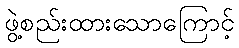
ဖွဲ့စည်းထားသောကြောင့်